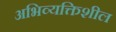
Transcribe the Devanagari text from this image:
अभिव्यक्तिशील